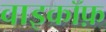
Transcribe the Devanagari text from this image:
वाइकॉफ़